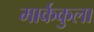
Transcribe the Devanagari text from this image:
मार्ककुला